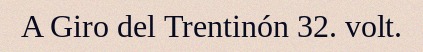
A Giro del Trentinón 32. volt.